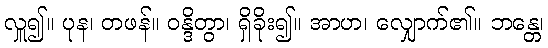
လှူ၍။ ပုန၊ တဖန်။ ဝန္ဒိတွာ၊ ရှိခိုး၍။ အာဟ၊ လျှောက်၏။ ဘန္တေ၊